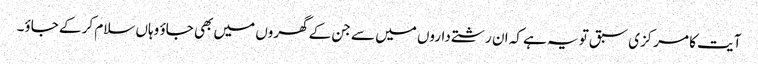
آیت کا مرکزی سبق تو یہ ہے کہ ان رشتے داروں میں سے جن کے گھروں میں بھی جاؤ وہاں سلام کر کے جاؤ۔